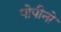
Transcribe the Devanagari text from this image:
पोपीनो